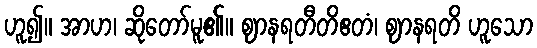
ဟူ၍။ အာဟ၊ ဆိုတော်မူ၏။ ဈာနရတီတိဧတံ၊ ဈာနရတိ ဟူသော